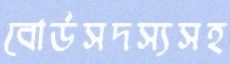
বোর্ডসদস্যসহ